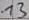
Text: 13